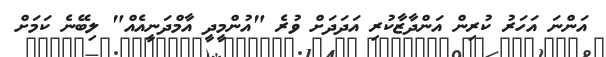
އަންނަ އަހަރު ކުރިން އަންދާޒާކުރި އަދަދަށް ވުރެ "އުންމީދީ އާމްދަނީއެއް" ލިބޭނެ ކަމަށް